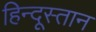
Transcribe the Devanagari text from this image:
हिन्दूस्तान